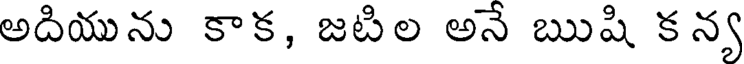
అదియును కాక, జటిల అనే ఋషి క న్య